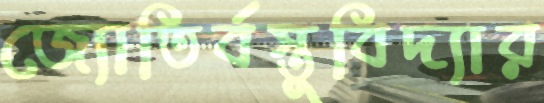
জ্যোতির্বস্তুবিদ্যার